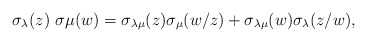
\begin{gather*}\sigma_{\lambda}(z)~\sigma{\mu}(w) = \sigma_{\lambda \mu}(z)\sigma_{\mu}(w/z)+ \sigma_{\lambda \mu}(w) \sigma_{\lambda}(z/w),\end{gather*}